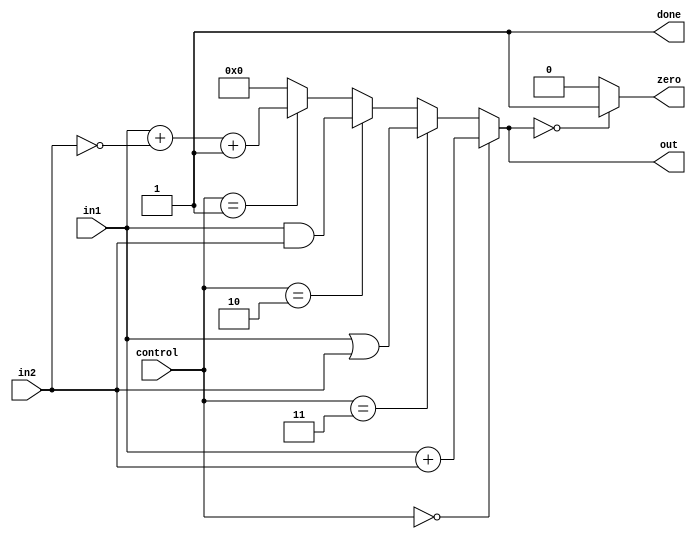
module alu(
    input [31:0] in1,
    input [31:0] in2,
    input [2:0] control,   // the third bit of the instruction can also be used to include more functions 
    output [31:0] out,
    output done,
    output zero
    );
    reg [31:0] answer;
    reg z=0;
    always@*
    begin
    if(control == 3'b000)      // add function
    answer=in1+in2;
    else if(control == 3'b011) // or function
    answer=in1|in2;
    else if(control == 3'b010) //and function
    answer=in1&in2;
    else if(control == 3'b001) //subtract function
    answer=in1+(~in2)+1;
    else
    answer=32'b0;
    if(answer == 32'b0)
    z=1'b1;
    else
    z=1'b0;
    end
    assign zero=z;
    assign out=answer;
    assign done=1'b1;
endmodule